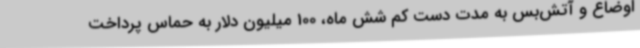
اوضاع و آتش‌بس به مدت دست کم شش ماه، 100 میلیون دلار به حماس پرداخت